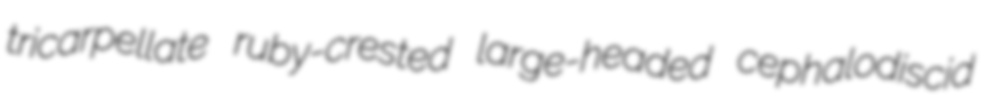
tricarpellate ruby-crested large-headed cephalodiscid